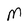
Character: M